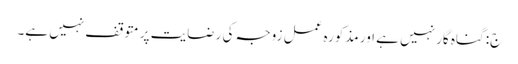
ج: گناہ گار نہیں ہے اور مذکورہ عمل زوجہ کی رضایت پر متوقف نہیں ہے۔